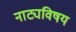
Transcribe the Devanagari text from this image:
नाट्यविषय